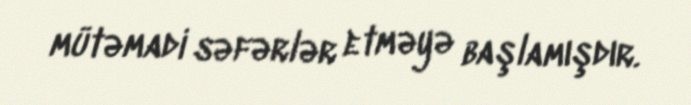
mütəmadi səfərlər etməyə başlamışdır.